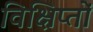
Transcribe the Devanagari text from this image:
विक्षिप्तों